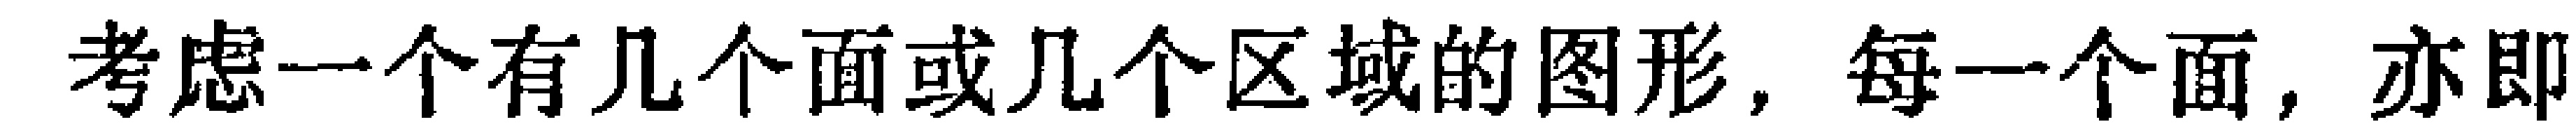
考虑一个有几个面或几个区域的图形，每一个面，亦即